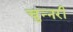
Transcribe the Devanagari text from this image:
चुन्नरी